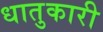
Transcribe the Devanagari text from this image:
धातुकारी